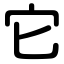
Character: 它